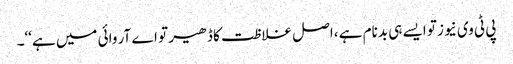
پی ٹی وی نیوز تو ایسے ہی بدنام ہے ،اصل غلاظت کا ڈھیر تو اے آر وائی میں ہے‘‘۔